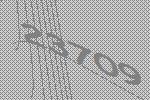
23709